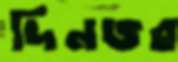
দিনভর